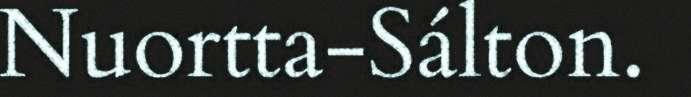
Nuortta-Sálton.